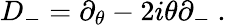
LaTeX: D_{-}=\partial_{\theta}-2i\theta\partial_{-}\ .